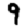
Digit: 9